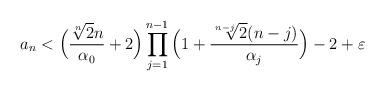
LaTeX: \begin{align*}a_n<\Big(\frac{\sqrt[n]{2}n}{\alpha_0}+2\Big)\prod_{j=1}^{n-1}\Big(1+\frac{\sqrt[n-j]{2}(n-j)}{\alpha_j}\Big)-2+\varepsilon\end{align*}